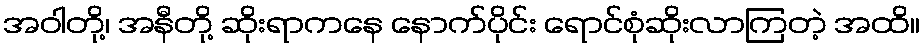
အဝါတို့၊ အနီတို့ ဆိုးရာကနေ နောက်ပိုင်း ရောင်စုံဆိုးလာကြတဲ့ အထိ။